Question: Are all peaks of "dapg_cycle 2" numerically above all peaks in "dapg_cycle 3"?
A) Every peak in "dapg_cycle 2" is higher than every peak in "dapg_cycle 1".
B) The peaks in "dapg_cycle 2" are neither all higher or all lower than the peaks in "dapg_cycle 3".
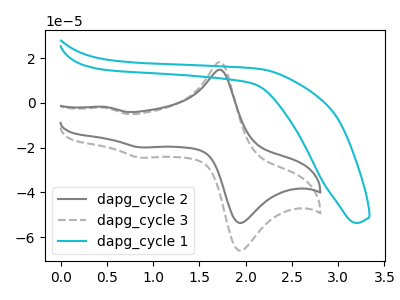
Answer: <think>The gray curve "dapg_cycle 2" has anodic peaks at (1.75V, 14.70uA) (0.50V, -1.80uA) and cathodic peaks at (2.00V, -53.25uA) (0.85V, -19.90uA). The gray dashed curve "dapg_cycle 3" has anodic peaks at (1.75V, 18.10uA) (0.50V, -2.25uA) and cathodic peaks at (2.00V, -65.55uA) (0.85V, -24.50uA). The cyan curve "dapg_cycle 1" has no peaks.</think>
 <answer>B) The peaks in "dapg_cycle 2" are neither all higher or all lower than the peaks in "dapg_cycle 3".</answer>
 <eval>B</eval>